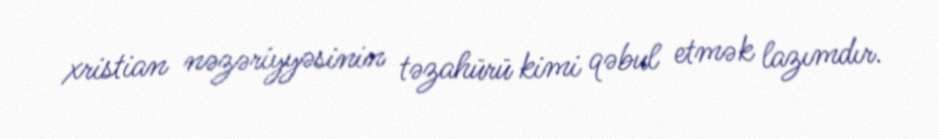
xristian nəzəriyyəsinin təzahürü kimi qəbul etmək lazımdır.